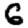
Digit: 6